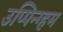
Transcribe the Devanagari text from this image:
उप्पिन्ग्हम